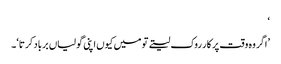
‘
’اگر وہ وقت پر کار روک لیتے تو میں کیوں اپنی گولیاں برباد کرتا‘۔